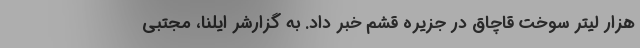
هزار لیتر سوخت قاچاق در جزیره قشم خبر داد. به گزارشر ایلنا، مجتبی